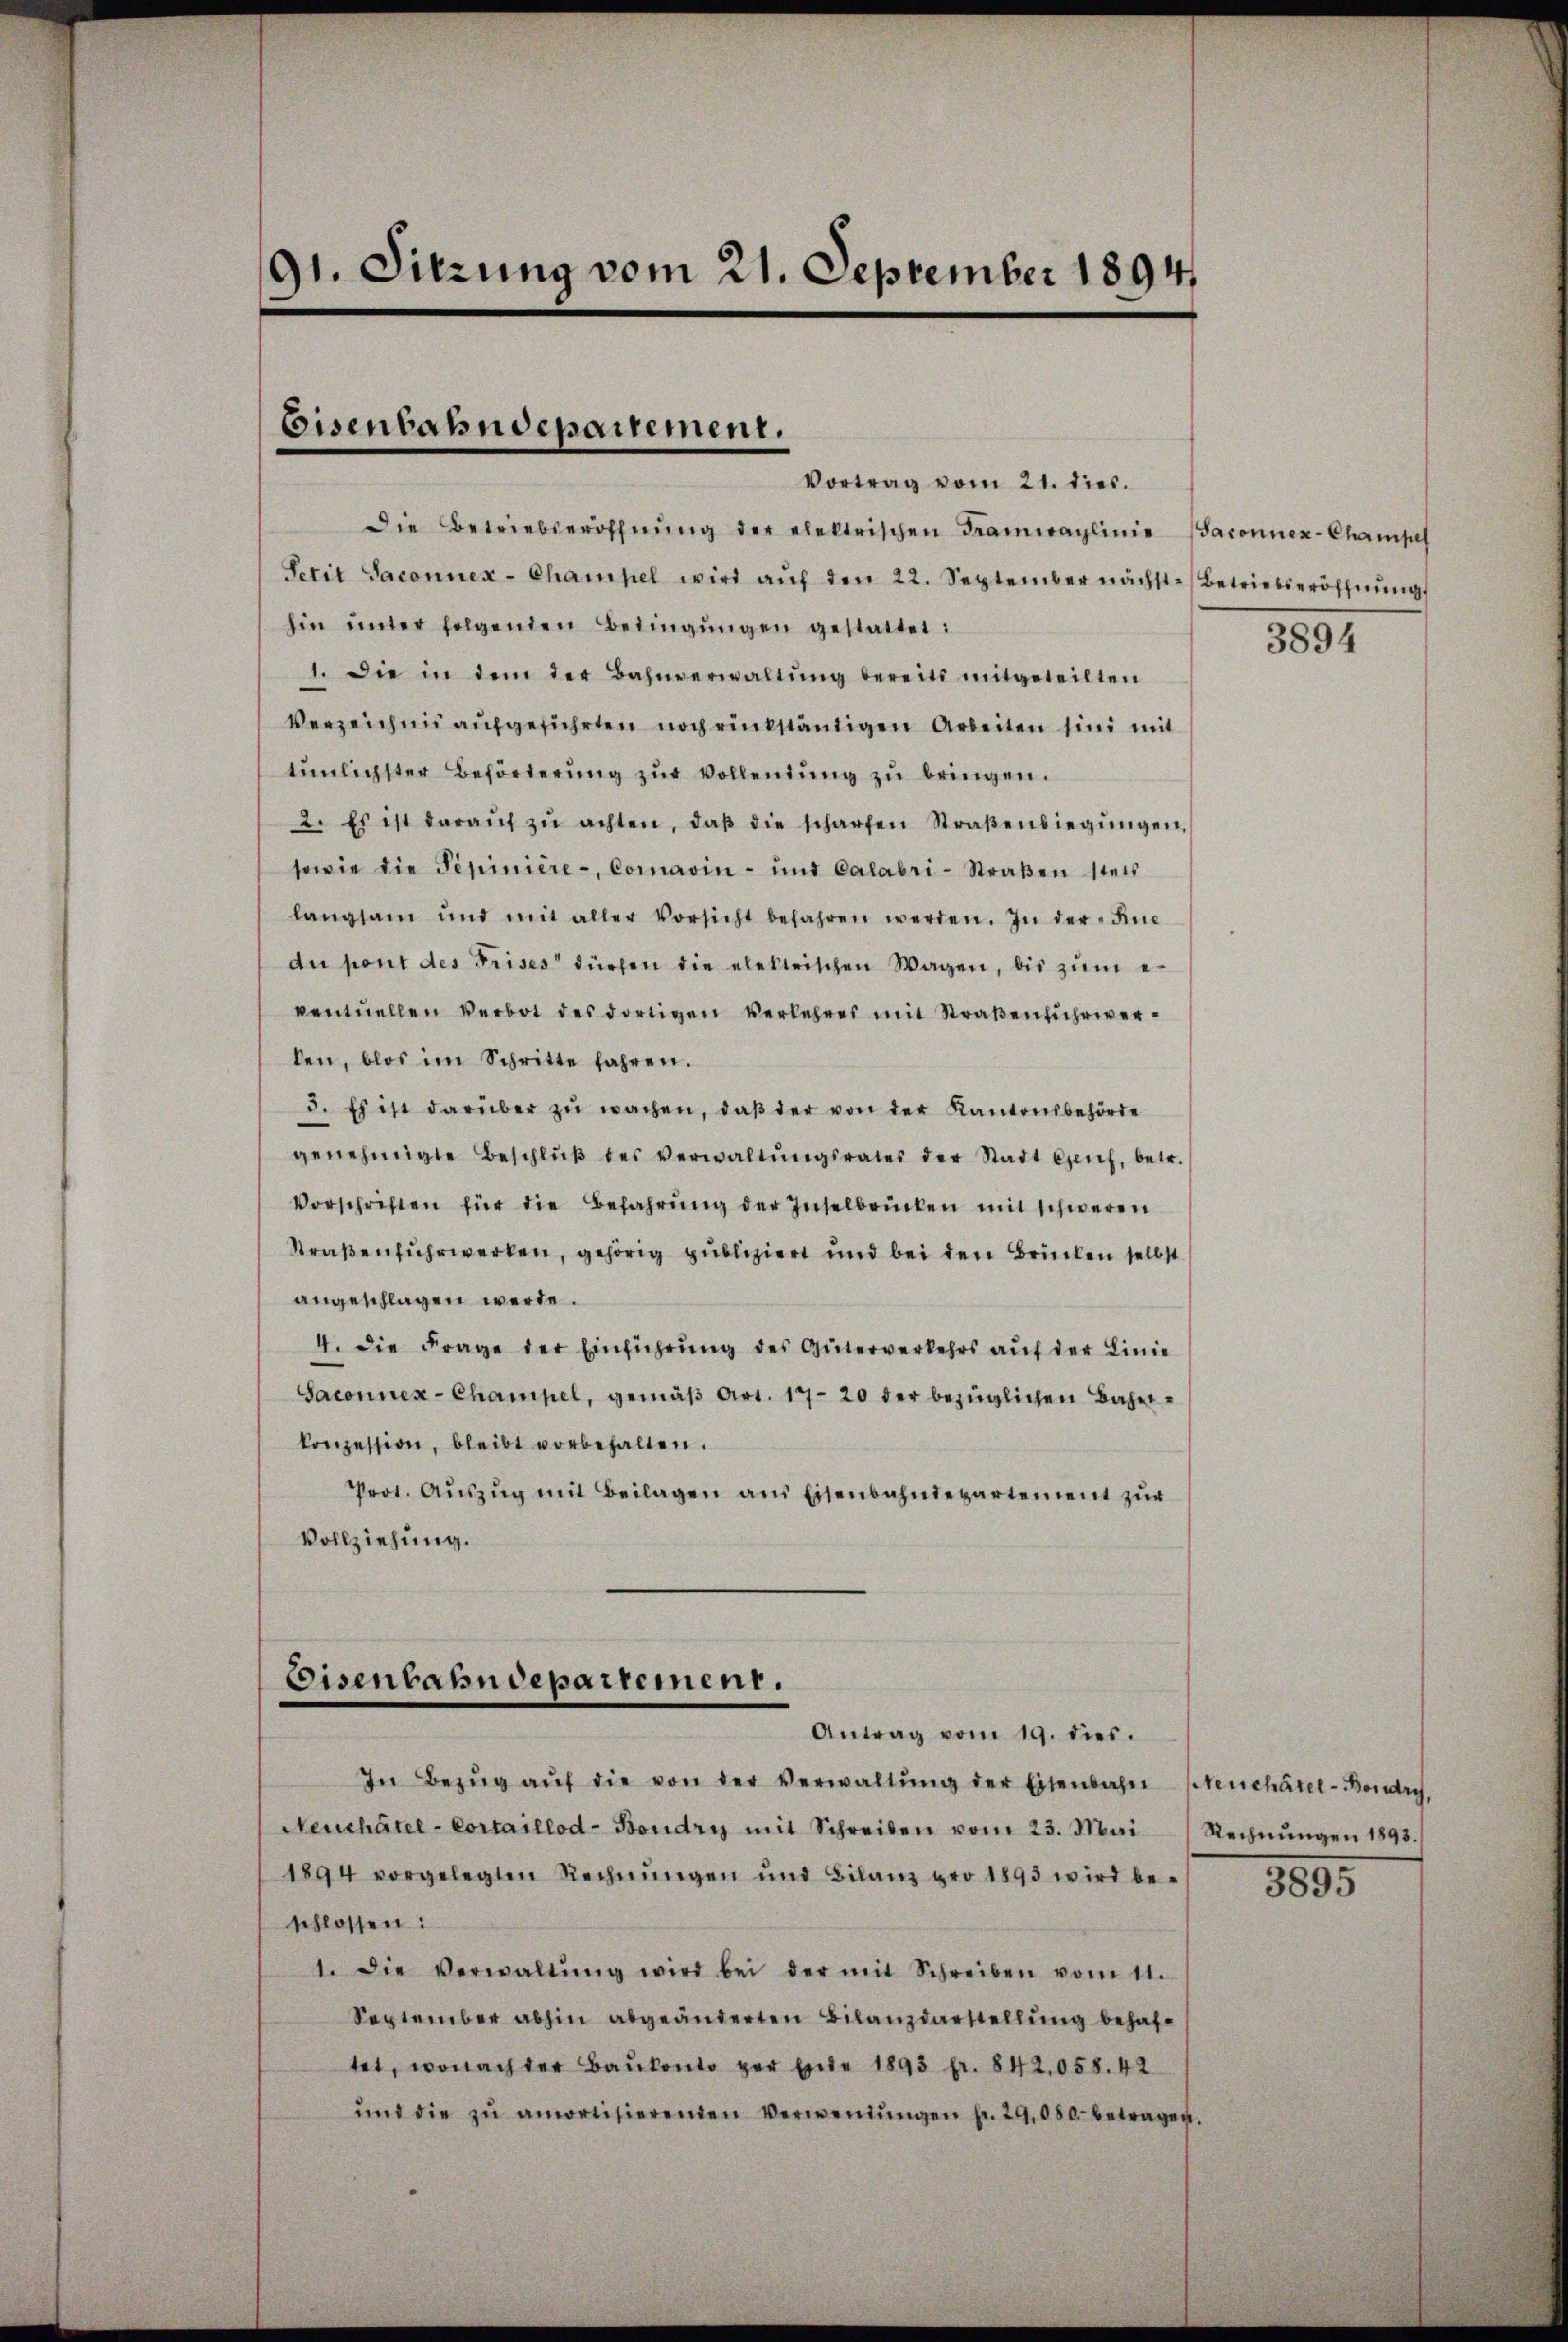
91. Sitzung vom 21. September 1894

Eisenbahndepartement.
Vortrag vom 21. dies.

Die Betriebseröffnŭng der elektrischen Tramwaglinie Baconuex-Champel
Setit Saconnex- Champel wird aŭf den 22. September nächst-Betriebseröffnung
hin ŭnter folgenden Bedingŭngen gestattet:
1. Die in dem der Bahnverwaltŭng bereits mitgeteilten
Verzeichnis aufgeführten noch rükständigen Arbeiten sind mit
tŭnlichster Beförderŭng zŭr Vollendŭng zŭ bringen.
2. Es ist daraŭf zŭ achten, daβ die scharfen Straβenbiegŭngen,
sowie die Pepiniere - Coravin- und Calabri-Straßen stets
langsam und mit aller Vorsicht befahren werden. In der Inc
du pont des Frises dürfen die elektrischen Wagen, bis zum e
ventuellen Verbot des dortigen Verkehres mit Straβenfŭhrwerlen, blos im Schritte fahren.
3. Es ist darüber zŭ wachen, daβ der von der Kantonsbehörde
genehmigte Beschlŭβ des verwaltŭngsrates der Stadt brief, betr.
Vorschriften für die Befahrŭng der Inselbrücken mit schweren
Straßenfuhrwerken, gehörig publiziert und bei den Brücken selbst
angeschlagen werde.
4. die Frage der Einführung des Güterverkehrs auf der Linie
Saconnex- Champel, gemäß Art. 1720 der bezüglichen Bahnkonzession, bleibt vorbehalten.
Prot. Aŭszŭg mit Beilagen aus Eisenbahndepartement zur
Vollziehung.

Eisenbahndepartement.
Antrag vom 19. dies.

In Bezŭg aŭf die von der Verwaltŭng der Eisenbahn-Steuchâtel-Bondry,
Neuchâtel - Cortaillod-Boudry mit Schreiben vom 23. Mai (Rechnŭngen 1893.
1894 vorgelegten Rechnŭngen und Bilanz pro 1893 wird be- 2895
schlossen:
1. Die Verwaltŭng wird bei der mit Schreiben vom 11.
September abhin abgeänderten Bilanzdarstellung behaftet, wonachter Baŭkonto per Ende 1893 fr. 842,058. 42
ŭnd die zŭ amortisierenden Verwendŭngen fr. 29,080. betragen,

3894